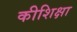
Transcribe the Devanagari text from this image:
कीशिक्षा